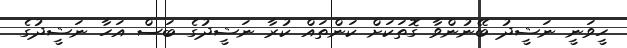
ހީވަނީ ނަޝީދު ބޭނުންވާ ގޮތަކަށް ކަންތައް ކުރާ ނަޝީދުގެ ބަސް އަހާ ނަޝީދުގެ